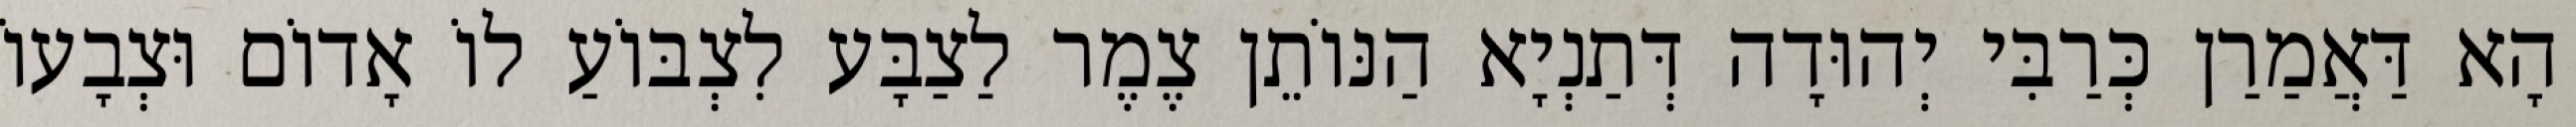
הָא דַּאֲמַרַן כְּרַבִּי יְהוּדָה דְּתַנְיָא הַנּוֹתֵן צֶמֶר לַצַבָּע לִצְבּוֹעַ לוֹ אָדוֹם וּצְבָעוֹ